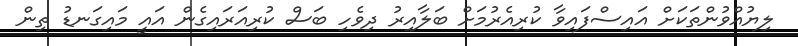
ލިޔުއްވުންތަކަށް އައިސްފައިވާ ކުރިއެރުމަށް ބަލާއިރު ދިވެހި ބަސް ކުރިއަރައިގެން އައީ މައިގަނޑު ތިން